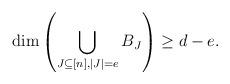
LaTeX: \begin{align*}\dim \left(\bigcup_{J\subseteq [n], |J|=e} B_J\right) \geq d-e.\end{align*}